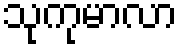
သုကုမာလာ